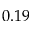
0 . 1 9